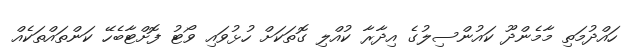
ހައްދުމަތި މާމެންދޫ ކައުންސިލުގެ އިދާރާ ކުއްލި ގޮތަކަށް ހުޅުވައި ވޯޓު ފޮށްޓާބެހޭ ކަންތައްތަކެއް